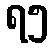
ရ၅